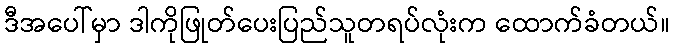
ဒီအပေါ်မှာ ဒါကိုဖြုတ်ပေးပြည်သူတရပ်လုံးက ထောက်ခံတယ်။